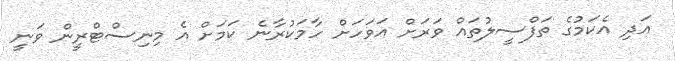
އަދި އެކަމުގެ ތަފްސީލުތައް ވަރަށް އަވަހަށް ހާމަކުރާނެ ކަމަށް އެ މިނިސްޓްރީން ވަނީ